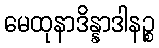
မေထုနာဒိန္နာဒါနဉ္စ